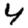
Digit: 4